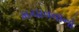
મચાવવાનો